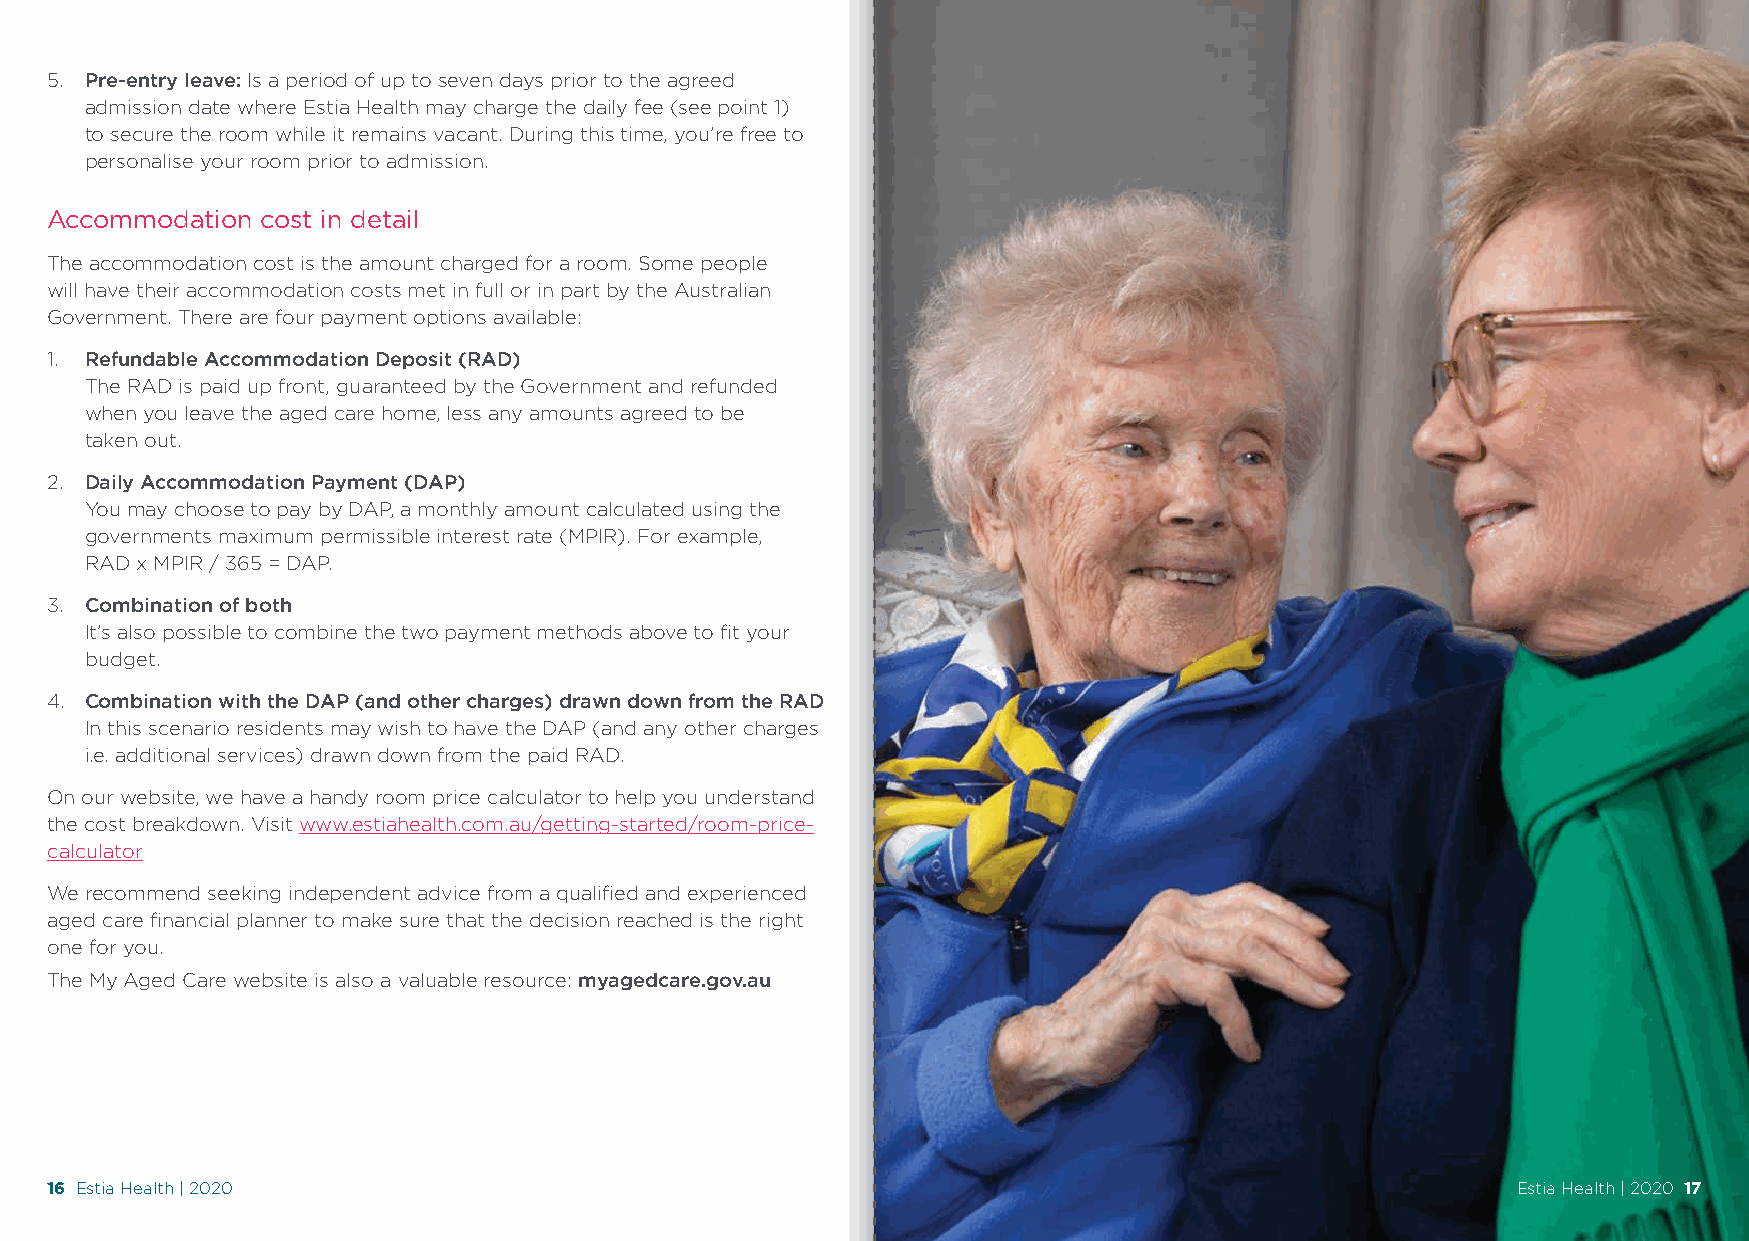
5. Pre-entry leave: Is a period of up to seven days prior to the agreed
 admission date where Estia Health may charge the daily fee (see point 1)
 to secure the room while it remains vacant. During this time, you’re free to
 personalise your room prior to admission.
 Accommodation cost in detail
 The accommodation cost is the amount charged for a room. Some people
 will have their accommodation costs met in full or in part by the Australian
 Government. There are four payment options available:
 1. Refundable Accommodation Deposit (RAD)
 The RAD is paid up front, guaranteed by the Government and refunded
 when you leave the aged care home, less any amounts agreed to be
 taken out.
 2. Daily Accommodation Payment (DAP)
 You may choose to pay by DAP, a monthly amount calculated using the
 governments maximum permissible interest rate (MPIR). For example,
 RAD x MPIR / 365 = DAP.
 3. Combination of both
 It’s also possible to combine the two payment methods above to fit your
 budget.
 4. Combination with the DAP (and other charges) drawn down from the RAD
 In this scenario residents may wish to have the DAP (and any other charges
 i.e. additional services) drawn down from the paid RAD.
 On our website, we have a handy room price calculator to help you understand
 the cost breakdown. Visit www.estiahealth.com.au/getting-started/room-price-
 calculator
 We recommend seeking independent advice from a qualified and experienced
 aged care financial planner to make sure that the decision reached is the right
 one for you.
 The My Aged Care website is also a valuable resource: myagedcare.gov.au
 16 Estia Health | 2020                                                                           Estia Health | 2020 17